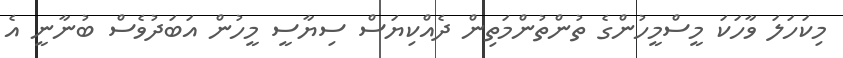
މިކަހަލަ ވާހަކަ މީސްމީހުންގެ ތުންތުންމަތިން ދެއްކިޔަސް ސިޔާސީ މީހުން އަބަދުވެސް ބުނާނީ އެ